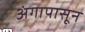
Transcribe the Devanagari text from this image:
अंगापासून